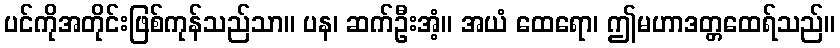
ပင်ကိုအတိုင်းဖြစ်ကုန်သည်သာ။ ပန၊ ဆက်ဦးအံ့။ အယံ ထေရော၊ ဤမဟာဒတ္တထေရ်သည်။